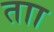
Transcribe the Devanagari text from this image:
ताा